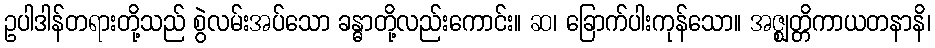
ဥပါဒါန်တရားတို့သည် စွဲလမ်းအပ်သော ခန္ဓာတို့လည်းကောင်း။ ဆ၊ ခြောက်ပါးကုန်သော။ အဇ္ဈတ္တိကာယတနာနိ၊